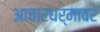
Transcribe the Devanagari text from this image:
आचारधर्मावर